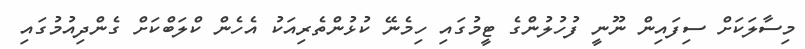
މިސާލަކަށް ސިފައިން ނޫނީ ފުހުލުންގެ ޓީމުގައި ހިމެނޭ ކުޅުންތެރިއަކު އެހެން ކްލަބްކަށް ގެންދިއުމުގައި